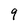
Character: 9